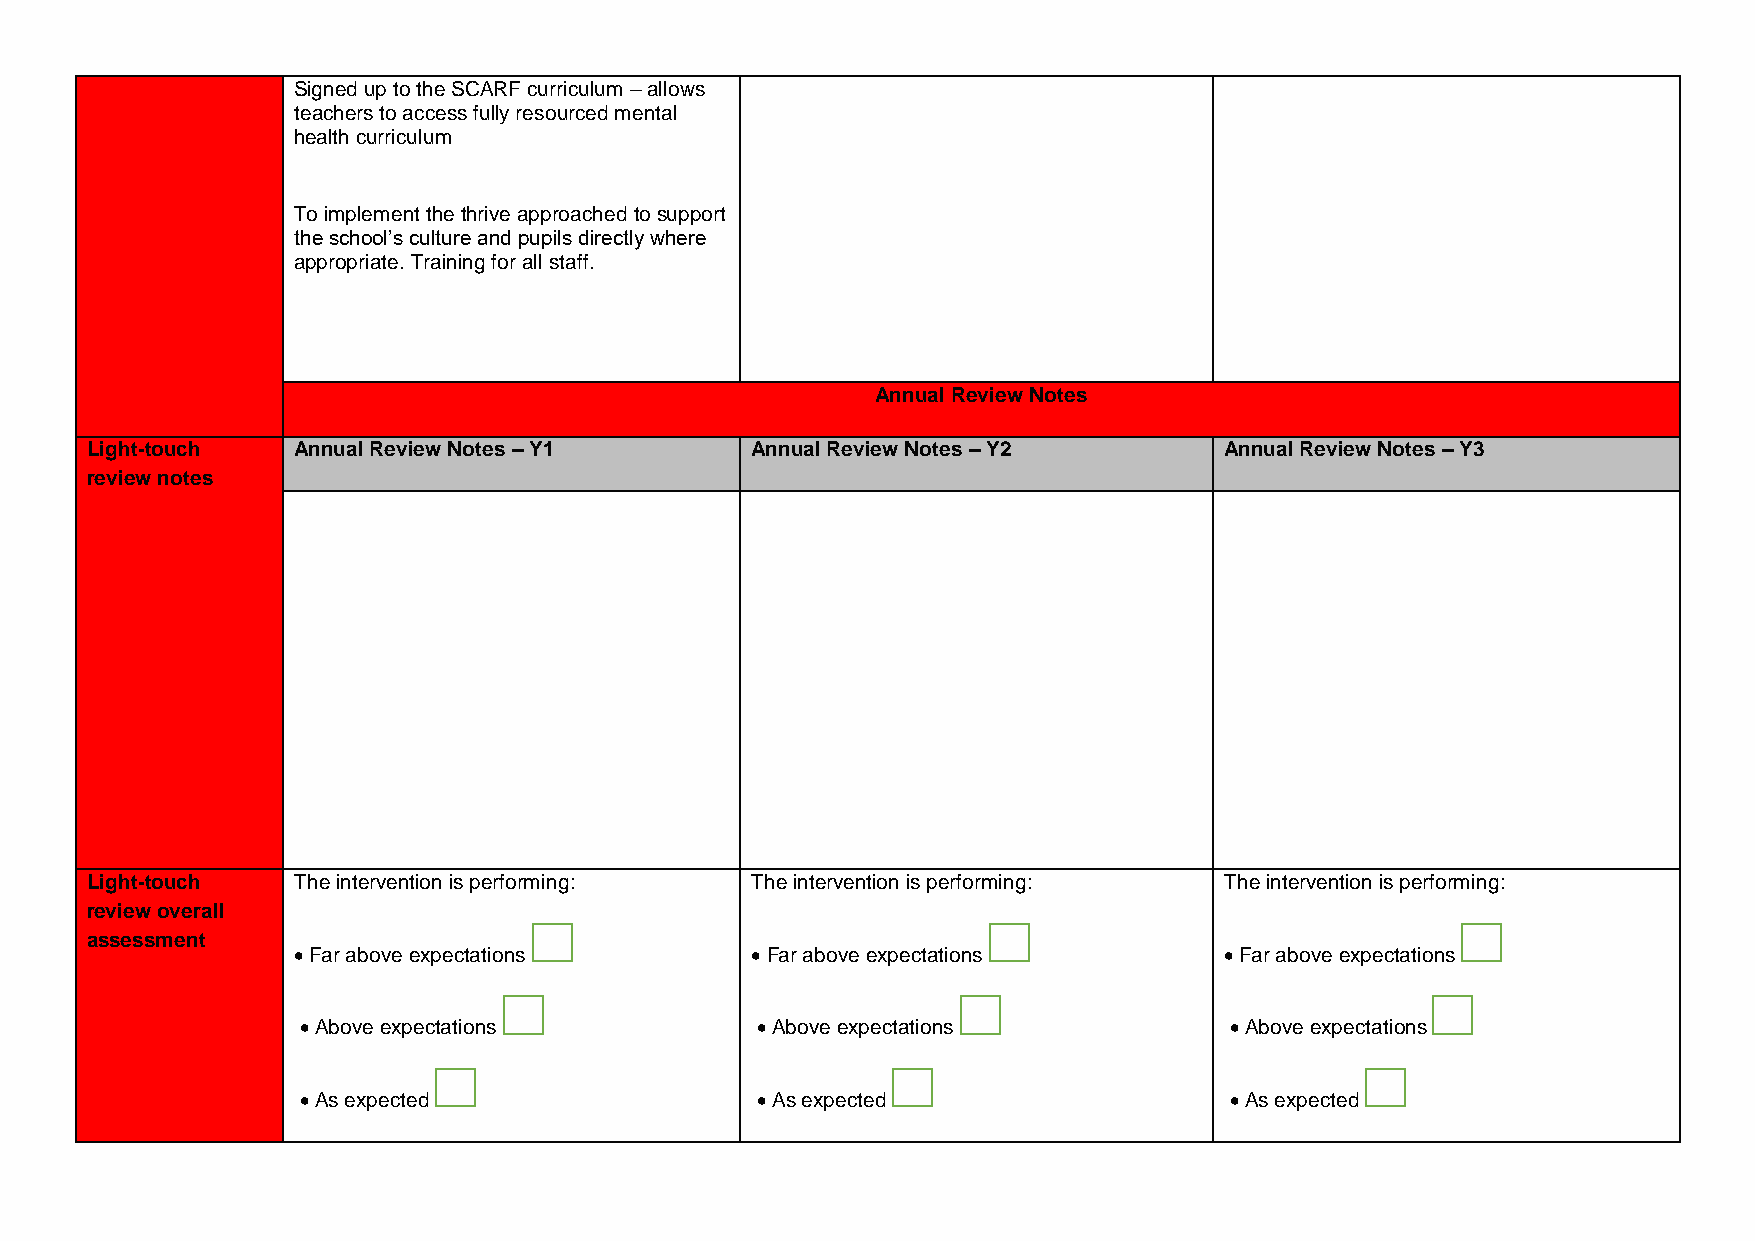
Signed up to the SCARF curriculum – allows
 teachers to access fully resourced mental
 health curriculum
 To implement the thrive approached to support
 the school’s culture and pupils directly where
 appropriate. Training for all staff.
 Annual Review Notes
 Light-touch  Annual Review Notes – Y1       Annual Review Notes – Y2       Annual Review Notes – Y3
 review notes
 Light-touch  The intervention is performing: The intervention is performing: The intervention is performing:
 review overall
 assessment
  Far above expectations        Far above expectations        Far above expectations
  Above expectations           Above expectations            Above expectations
  As expected                  As expected                   As expected